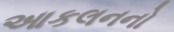
આકલનનો